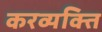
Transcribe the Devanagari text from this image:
करव्यक्ति